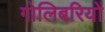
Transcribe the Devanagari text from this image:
गोलिबरियों